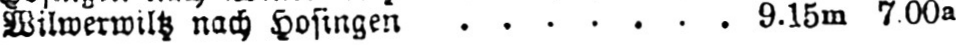
Wilwerwiltz nach Hofingen ....... 9.15m 7.00a